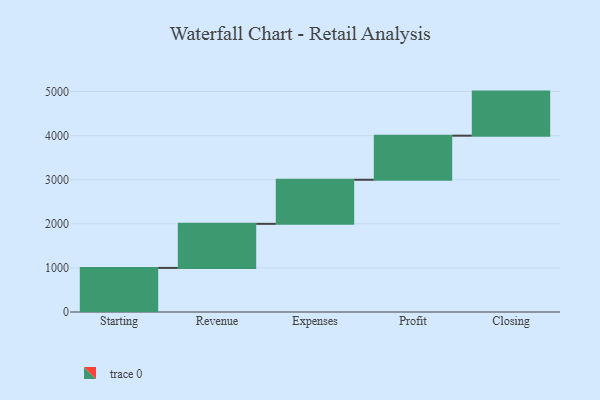
{"axis": {"x": "Step", "y": "Value"}, "legend": [""], "data": [{"x": "Starting", "y": 1000, "type": ""}, {"x": "Revenue", "y": 1000, "type": ""}, {"x": "Expenses", "y": 1000, "type": ""}, {"x": "Profit", "y": 1000, "type": ""}, {"x": "Closing", "y": 1000, "type": ""}]}